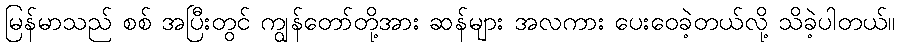
မြန်မာသည် စစ် အပြီးတွင် ကျွန်တော်တို့အား ဆန်များ အလကား ပေးဝေခဲ့တယ်လို့ သိခဲ့ပါတယ်။